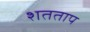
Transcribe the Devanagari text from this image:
शतताप